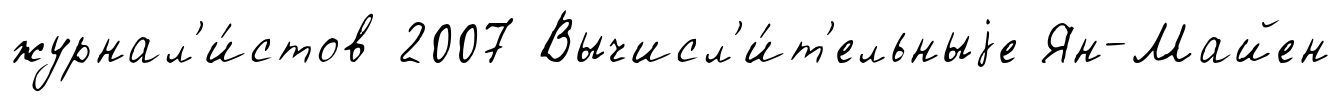
журнал'и́стов 2007 Вычисл'и́т'ельныjе Ян-Майен